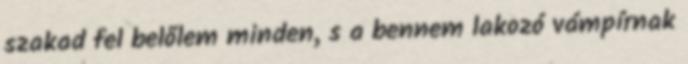
szakad fel belőlem minden, s a bennem lakozó vámpírnak